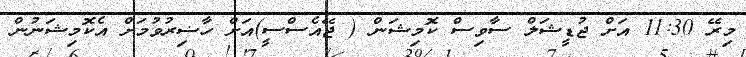
މިރޭ 11:30 އަށް ޖުޑީޝަލް ސާވިސް ކޮމިޝަން ( ޖޭއެސްސީ)އަށް ހާޟިރުވުމަށް އެކޮމިޝަނުން